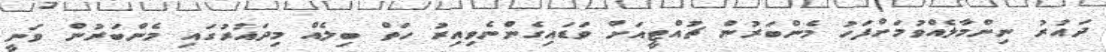
ދައުރު ނިންމާލެއްވުމަށްފަހު މެންބަރުން ޗުއްޓީއަށް ވަޑައިގެންނެވިއިރު ހަތް ބިލެއް މިދައުރުގައި މެންބަރުން ވަނީ